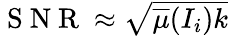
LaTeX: \begin{array}{r}{\mathrm{~S~N~R~}\approx\sqrt{\overline{{\mu}}(I_{i})k}}\end{array}